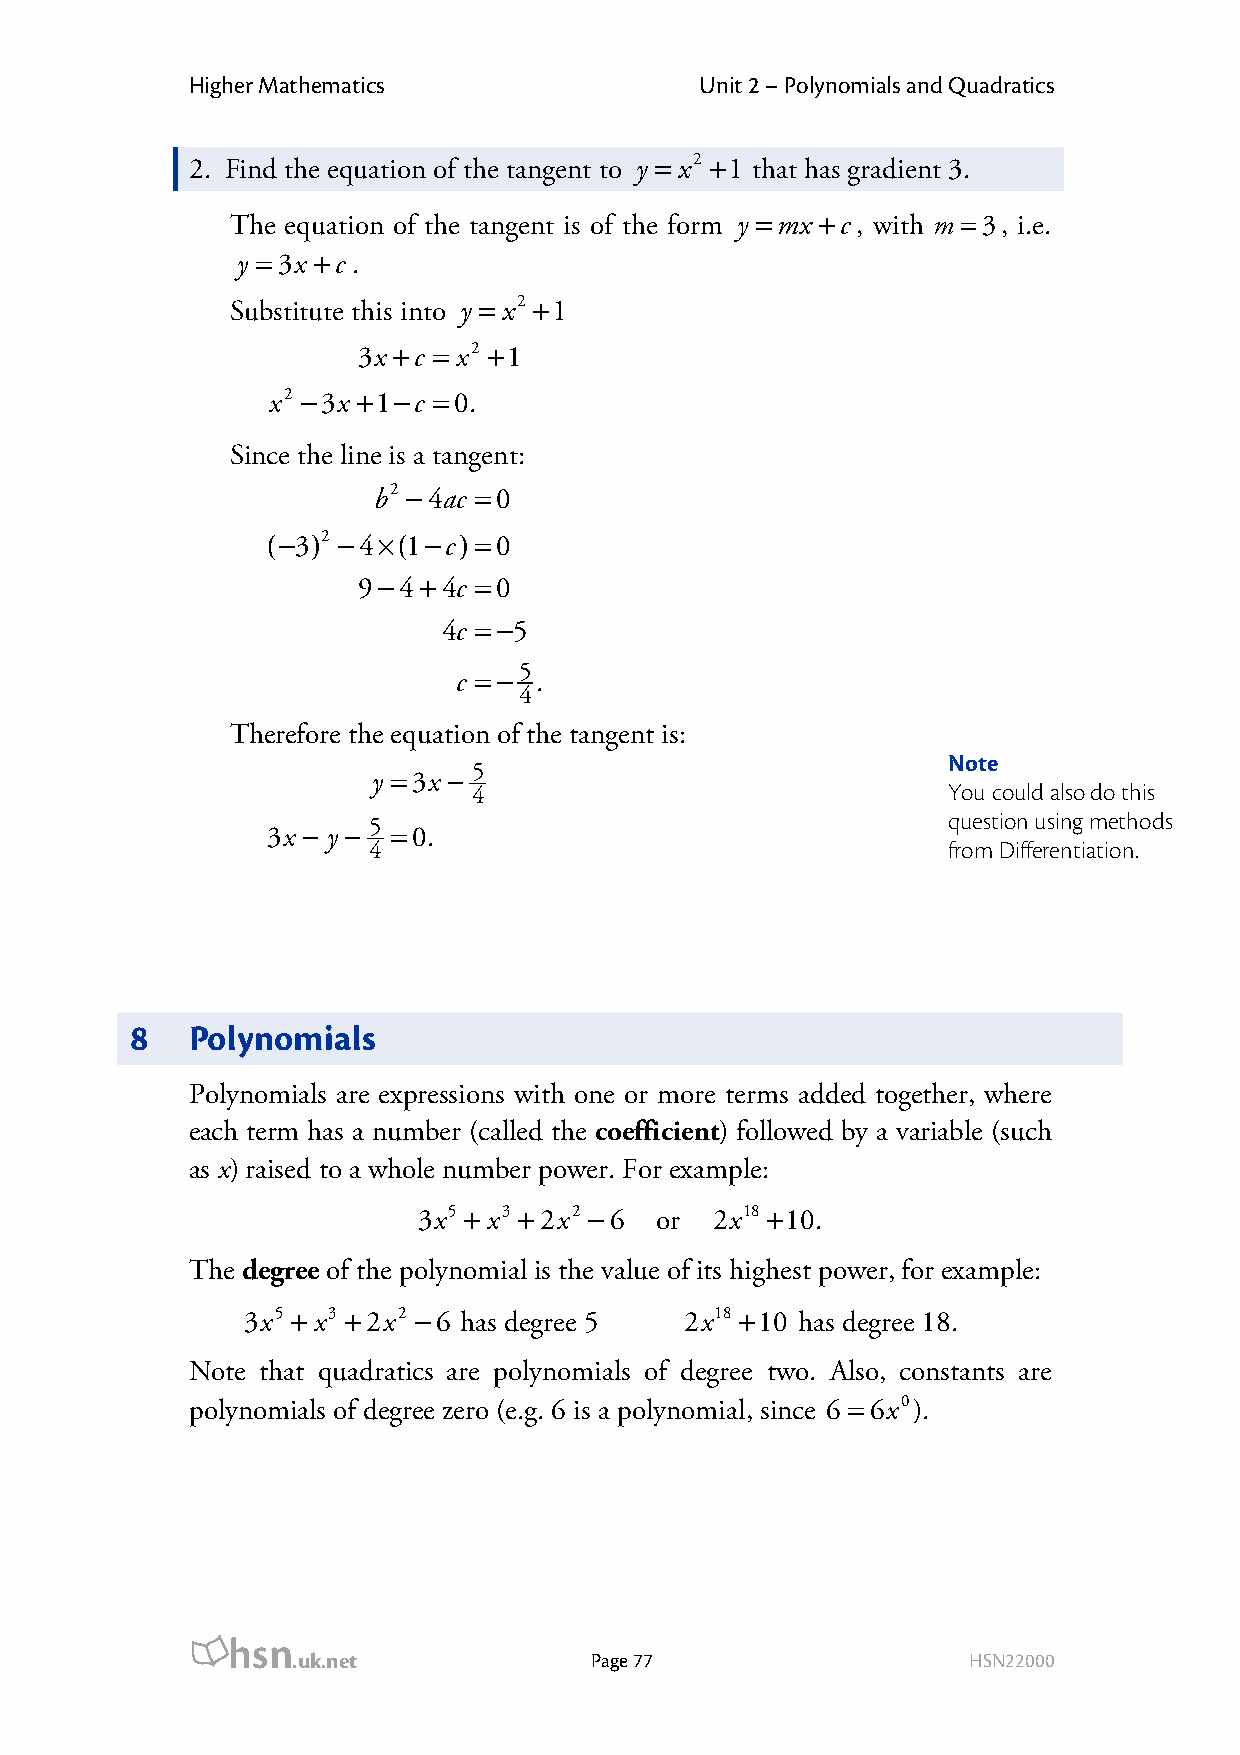
Higher Mathematics               Unit 2 – Polynomials and Quadratics
 2. Find the equation of the tangent to y = x2 +1 that has gradient 3.
 The equation of the tangent is of the form y =mx +c, with m =3, i.e.
 y =3x +c .
 Substitute this into y = x2 +1
 3x +c = x2 +1
 x2 −3x +1−c =0.
 Since the line is a tangent:
 b2 −4ac =0
 (−3)2 −4×(1−c)=0
 9−4+4c =0
 4c = −5
 c = −5 .
 4
 Therefore the equation of the tangent is:
 Note
 y =3x − 5
 4                               You could also do this
 question using methods
 3x − y − 5 =0.
 4                                      from Differentiation.
 8   Polynomials
 Polynomials are expressions with one or more terms added together, where
 each term has a number (called the coefficient) followed by a variable (such
 as x) raised to a whole number power. For example:
 3x5 + x3 +2x2 −6 or 2x18 +10.
 The degree of the polynomial is the value of its highest power, for example:
 3x5 + x3 +2x2 −6 has degree 5 2x18 +10 has degree 18.
 Note that quadratics are polynomials of degree two. Also, constants are
 polynomials of degree zero (e.g. 6 is a polynomial, since 6 =6x0).
 hsn
 .uk.net             Page 77                  HSN22000